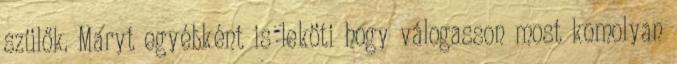
szülők. Maryt egyébként is leköti hogy válogasson most komolyan